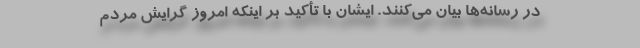
در رسانه‌ها بیان می‌کنند. ایشان با تأکید بر اینکه امروز گرایش مردم